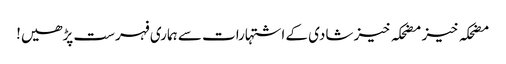
مضحکہ خیز مضحکہ خیز شادی کے اشتہارات سے ہماری فہرست پڑھیں!